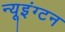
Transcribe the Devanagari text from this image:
न्यूइंग्टन